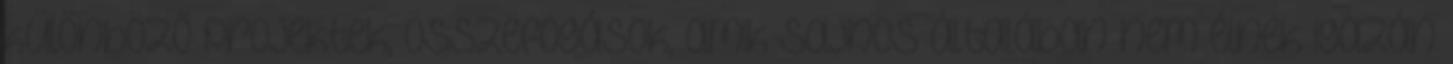
különböző projektek, összefogások, amik sajnos általában nem élnek igazán